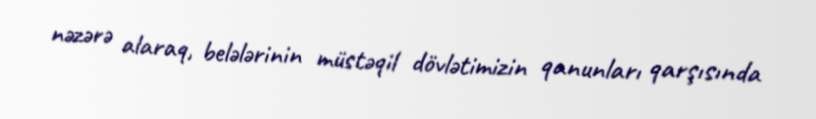
nəzərə alaraq, belələrinin müstəqil dövlətimizin qanunları qarşısında